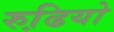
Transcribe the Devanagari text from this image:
रुढि़यो